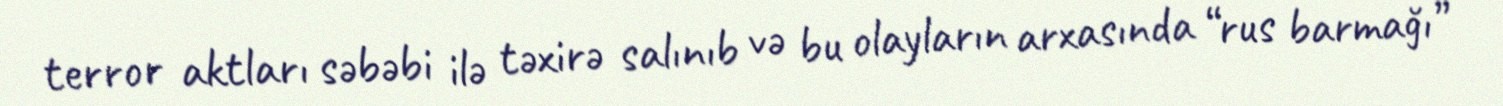
terror aktları səbəbi ilə təxirə salınıb və bu olayların arxasında “rus barmağı”